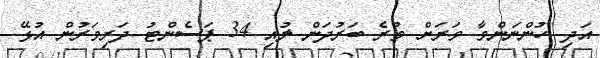
އަދި ހުންނަންވާ ވަރަށް ވުރެ ބަރުދަން ލުއި 34 ޕަސެންޓު ދަރިވަރުން އުޅޭ